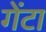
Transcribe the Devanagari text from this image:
गेंटा